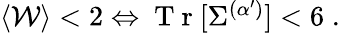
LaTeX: \begin{array}{r}{\langle\mathcal{W}\rangle<2\Leftrightarrow\mathrm{~T~r~}[\Sigma^{(\alpha^{\prime})}]<6\; .}\end{array}